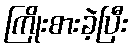
ကြိုးစားခဲ့ပြီး